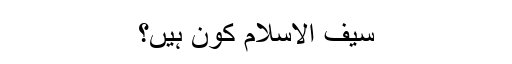
سیف الاسلام کون ہیں؟